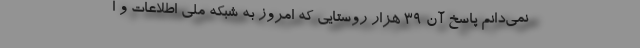
نمی‌دانم پاسخ آن ۳۹ هزار روستایی که امروز به شبکه ملی اطلاعات و ا